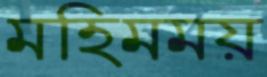
মহিমময়